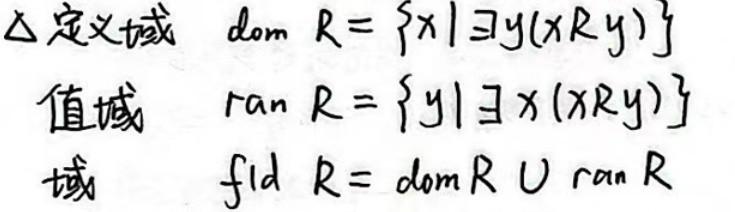
\(\Delta\)定义域 \(dom\ R = \{x|\exists y(xRy)\}\)

值域 \(ran\ R = \{y|\exists x(xRy)\}\)

域 \(fld\ R = dom\ R\cup ran\ R\)